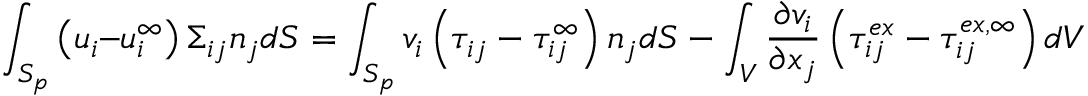
\int _ { S _ { p } } \left( u _ { i } – u _ { i } ^ { \infty } \right) \Sigma _ { i j } n _ { j } d S = \int _ { S _ { p } } v _ { i } \left( \tau _ { i j } - \tau _ { i j } ^ { \infty } \right) n _ { j } d S - \int _ { V } \frac { \partial v _ { i } } { \partial x _ { j } } \left( \tau _ { i j } ^ { e x } - \tau _ { i j } ^ { e x , \infty } \right) d V